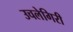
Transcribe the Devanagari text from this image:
उचलेगिरी